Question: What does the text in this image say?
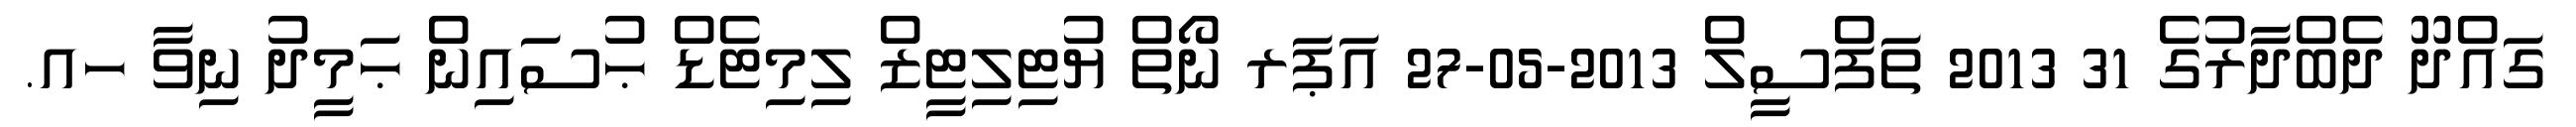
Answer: ގައްދޫ ދެބްދާރުގެ 31 2013 ތަފްސީލް 2013-05-27 އަޕަރ ނޯތް ޔުޓިލިޓީޒް ލިމިޓެޑް ޙުސައިން ޙަމީދު ނިވާ ހއ.